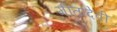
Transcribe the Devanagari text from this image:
गीतादेवी